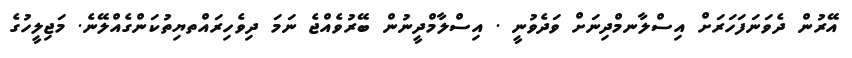
އޭރުން ދެވަނަފަހަރަށް އިސްލާނމްދިނަށް ވަދެވުނީ . އިސްލާމްދީނުން ބޭރުވެއްޖެ ނަމަ ދިވެހިރައްތޔިތުކަންގެއްލޭނެ. މަޖިލީހުގެ